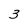
Character: 3